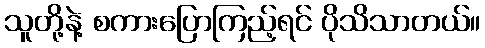
သူတို့နဲ့ စကားပြောကြည့်ရင် ပိုသိသာတယ်။